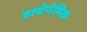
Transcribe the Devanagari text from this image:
डायेनेमिक